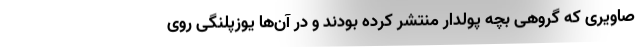
صاویری که گروهی بچه پولدار منتشر کرده بودند و در آن‌ها یوزپلنگی روی